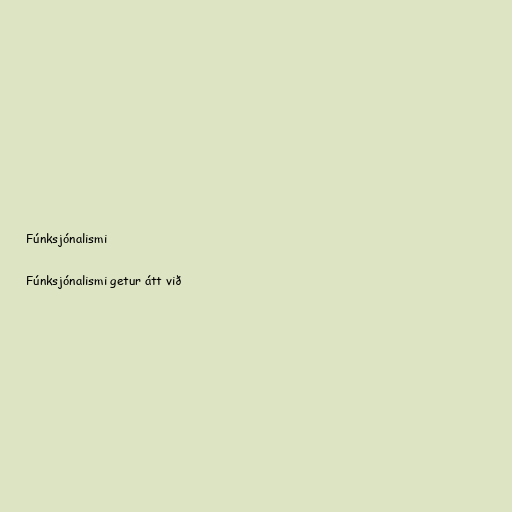
Fúnksjónalismi

Fúnksjónalismi getur átt við